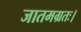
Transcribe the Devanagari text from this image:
जातमग्रतः।